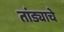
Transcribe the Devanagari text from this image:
तांड्याचे